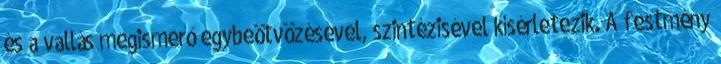
és a vallás megis­me­rő egybeötvözésével, szintézisével kísérletezik. A festmény